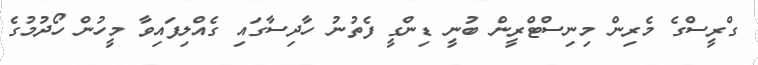
ގްރީސްގެ މެރިން މިނިސްޓްރީން ބުނީ ޑިންގީ ފެތުނު ހާދިސާގައި ގެއްލިފައިވާ މީހުން ހޯދުމުގެ